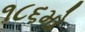
૧૮૬મો